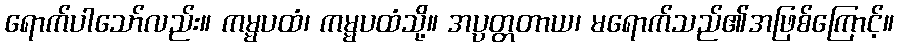
ရောက်ပါသော်လည်း။ ကမ္မပထံ၊ ကမ္မပထံသို့။ အပ္ပတ္တတာယ၊ မရောက်သည်၏အဖြစ်ကြောင့်။